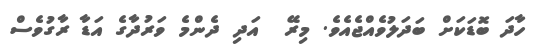
ހާދަ ބޮޑަކަށް ބަދަލުވެއްޖެއެވެ. މިރޭ  އަދި ދެންމެ ވަރުދާގެ އަޑާ ރާގުވެސް